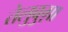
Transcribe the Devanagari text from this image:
तेलुबुग़ा